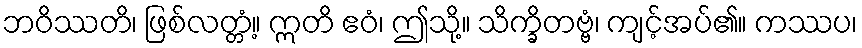
ဘဝိဿတိ၊ ဖြစ်လတ္တံ့။ ဣတိ ဧဝံ၊ ဤသို့။ သိက္ခိတဗ္ဗံ၊ ကျင့်အပ်၏။ ကဿပ၊